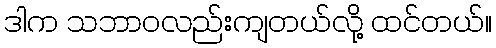
ဒါက သဘာဝလည်းကျတယ်လို့ ထင်တယ်။